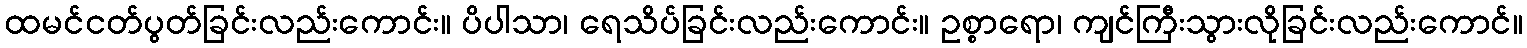
ထမင်ငတ်ပွတ်ခြင်းလည်းကောင်း။ ပိပါသာ၊ ရေသိပ်ခြင်းလည်းကောင်း။ ဥစ္စာရော၊ ကျင်ကြီးသွားလိုခြင်းလည်းကောင်။